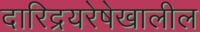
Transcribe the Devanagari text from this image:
दारिद्रयरेषेखालील